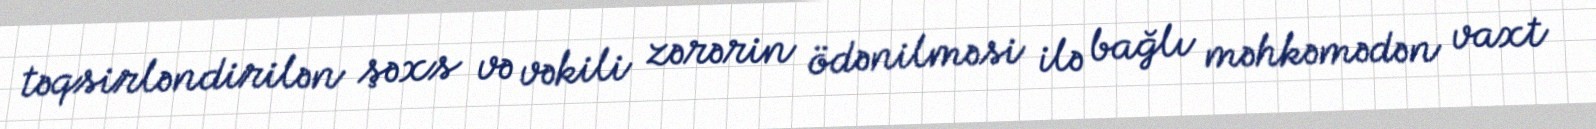
təqsirləndirilən şəxs və vəkili zərərin ödənilməsi ilə bağlı məhkəmədən vaxt